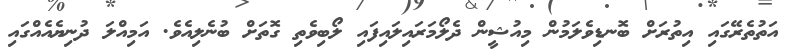
އަތުތެރޭގައި އިތުރަށް ބޮނޑިވެލަމުން މިއުޝީން ދެލޯމަރައިލައިފައި ލޯބިވެތި ގޮތަށް ބުނެލިއެވެ. އަމިއްލަ ދުނިޔެއެއްގައި